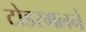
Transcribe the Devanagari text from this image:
टोडरमलने